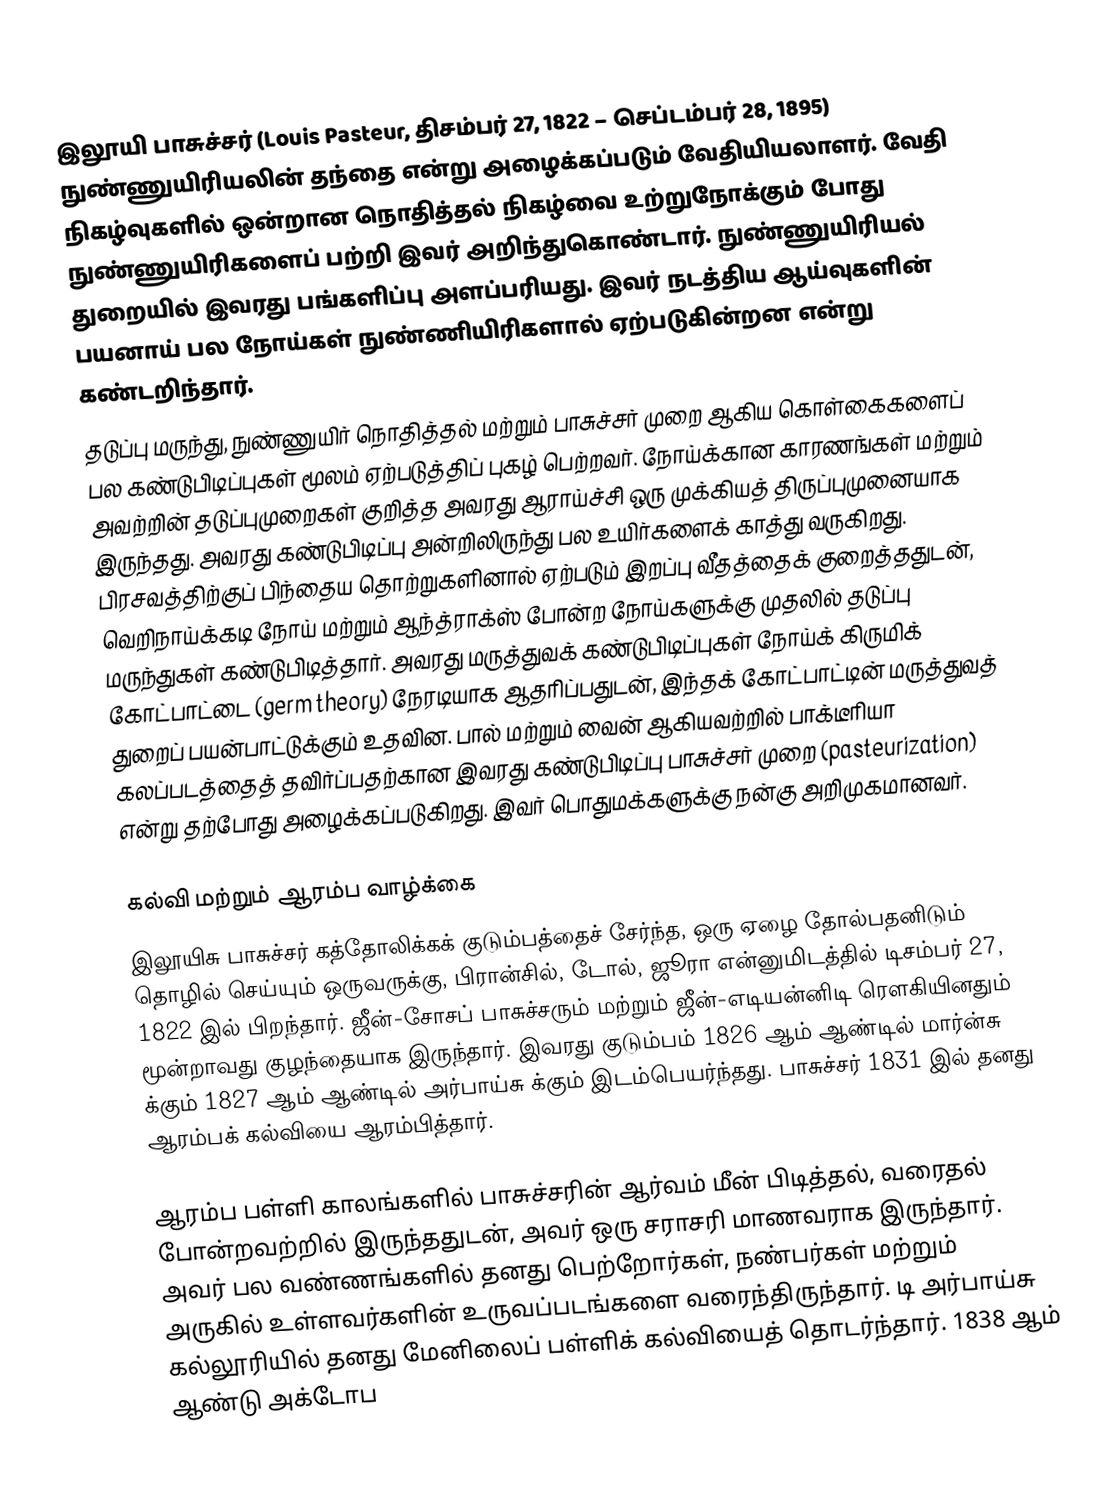
இலூயி பாசுச்சர் (Louis Pasteur, திசம்பர் 27, 1822 – செப்டம்பர் 28, 1895) நுண்ணுயிரியலின் தந்தை என்று அழைக்கப்படும் வேதியியலாளர். வேதி நிகழ்வுகளில் ஒன்றான நொதித்தல் நிகழ்வை உற்றுநோக்கும் போது நுண்ணுயிரிகளைப் பற்றி இவர் அறிந்துகொண்டார். நுண்ணுயிரியல் துறையில் இவரது பங்களிப்பு அளப்பரியது. இவர் நடத்திய ஆய்வுகளின் பயனாய் பல நோய்கள் நுண்ணியிரிகளால் ஏற்படுகின்றன என்று கண்டறிந்தார்.
தடுப்பு மருந்து, நுண்ணுயிர் நொதித்தல் மற்றும் பாசுச்சர் முறை ஆகிய கொள்கைகளைப் பல கண்டுபிடிப்புகள் மூலம் ஏற்படுத்திப் புகழ் பெற்றவர். நோய்க்கான காரணங்கள் மற்றும் அவற்றின் தடுப்புமுறைகள் குறித்த அவரது ஆராய்ச்சி ஒரு முக்கியத் திருப்புமுனையாக இருந்தது. அவரது கண்டுபிடிப்பு அன்றிலிருந்து பல உயிர்களைக் காத்து வருகிறது. பிரசவத்திற்குப் பிந்தைய தொற்றுகளினால் ஏற்படும் இறப்பு வீதத்தைக் குறைத்ததுடன், வெறிநாய்க்கடி நோய் மற்றும் ஆந்த்ராக்ஸ் போன்ற நோய்களுக்கு முதலில் தடுப்பு மருந்துகள் கண்டுபிடித்தார். அவரது மருத்துவக் கண்டுபிடிப்புகள் நோய்க் கிருமிக் கோட்பாட்டை (germ theory) நேரடியாக ஆதரிப்பதுடன், இந்தக் கோட்பாட்டின் மருத்துவத் துறைப் பயன்பாட்டுக்கும் உதவின. பால் மற்றும் வைன் ஆகியவற்றில் பாக்டீரியா கலப்படத்தைத் தவிர்ப்பதற்கான இவரது கண்டுபிடிப்பு பாசுச்சர் முறை (pasteurization) என்று தற்போது அழைக்கப்படுகிறது. இவர் பொதுமக்களுக்கு நன்கு அறிமுகமானவர்.

கல்வி மற்றும் ஆரம்ப வாழ்க்கை
இலூயிசு பாசுச்சர் கத்தோலிக்கக் குடும்பத்தைச் சேர்ந்த, ஒரு ஏழை தோல்பதனிடும் தொழில் செய்யும் ஒருவருக்கு, பிரான்சில், டோல், ஜூரா என்னுமிடத்தில் டிசம்பர் 27, 1822 இல் பிறந்தார். ஜீன்-சோசப் பாசுச்சரும் மற்றும் ஜீன்-எடியன்னிடி ரெளகியினதும் மூன்றாவது குழந்தையாக இருந்தார். இவரது குடும்பம் 1826 ஆம் ஆண்டில் மார்ன்சு க்கும் 1827 ஆம் ஆண்டில் அர்பாய்சு க்கும் இடம்பெயர்ந்தது. பாசுச்சர் 1831 இல் தனது ஆரம்பக் கல்வியை ஆரம்பித்தார்.

ஆரம்ப பள்ளி காலங்களில் பாசுச்சரின் ஆர்வம் மீன் பிடித்தல், வரைதல் போன்றவற்றில் இருந்ததுடன், அவர் ஒரு சராசரி மாணவராக இருந்தார். அவர் பல வண்ணங்களில் தனது பெற்றோர்கள், நண்பர்கள் மற்றும் அருகில் உள்ளவர்களின் உருவப்படங்களை வரைந்திருந்தார். டி அர்பாய்சு  கல்லூரியில் தனது மேனிலைப் பள்ளிக் கல்வியைத் தொடர்ந்தார். 1838 ஆம் ஆண்டு அக்டோப